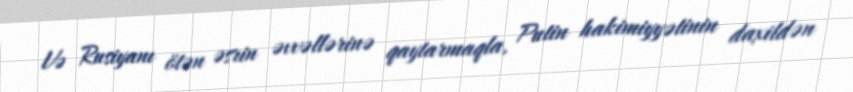
Və Rusiyanı ötən əsrin əvvəllərinə qaytarmaqla, Putin hakimiyyətinin daxildən